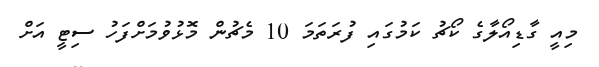
މިއީ ގާޑިއޯލާގެ ކޯޗު ކަމުގައި ފުރަތަމަ 10 މެޗުން މޮޅުވުމަށްފަހު ސިޓީ އަށް